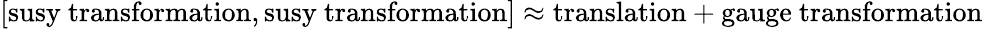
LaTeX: {}[\mathrm{susy\ transformation},\mathrm{susy\ transformation}]\approx\mathrm{translation}+\mathrm{gauge\ transformation}